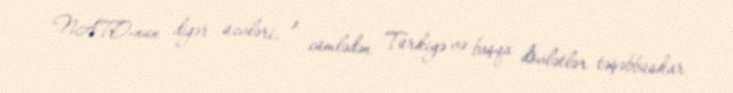
NATO-nun digər üzvləri, o cümlədən Türkiyə və başqa dövlətlər təşəbbüskar